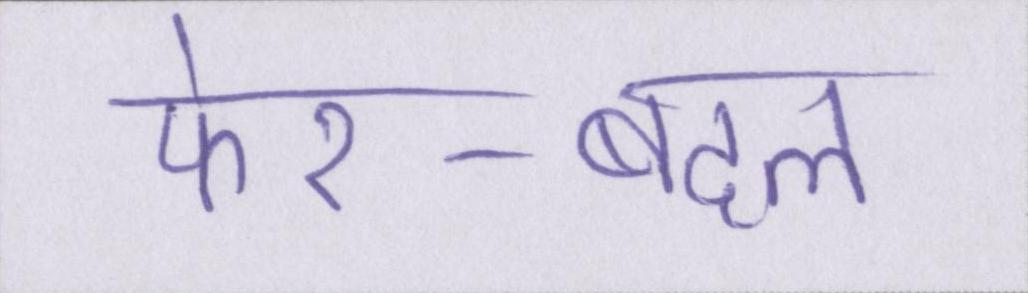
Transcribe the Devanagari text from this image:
फेर-बदल